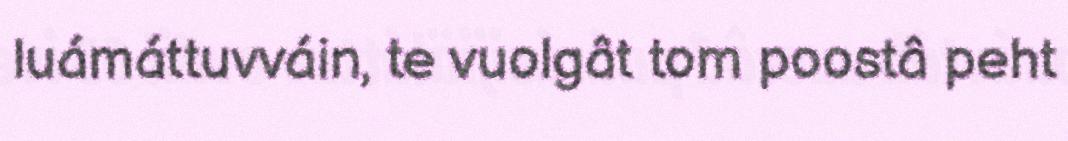
luámáttuvváin, te vuolgât tom poostâ peht